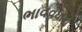
ભાવવધારો